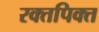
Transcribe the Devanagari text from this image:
रक्तपिक्त